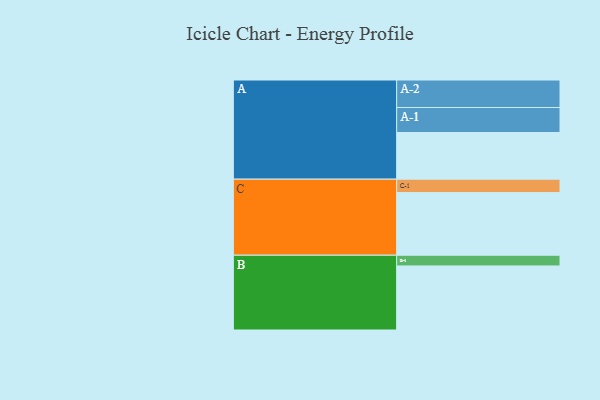
{"axis": {"x": "Segment", "y": "Value"}, "legend": ["", "A", "B", "C"], "data": [{"x": "A", "y": 436, "type": ""}, {"x": "B", "y": 598, "type": ""}, {"x": "C", "y": 585, "type": ""}, {"x": "A-1", "y": 233, "type": "A"}, {"x": "A-2", "y": 257, "type": "A"}, {"x": "B-1", "y": 100, "type": "B"}, {"x": "C-1", "y": 125, "type": "C"}]}